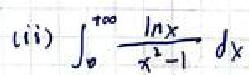
(ii) \(\int_{0}^{+\infty} \frac{\ln x}{x^{2}-1}dx\)